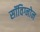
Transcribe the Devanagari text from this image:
सॉविग्नोन